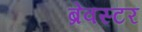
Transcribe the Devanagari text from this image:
ब्रेवस्टर